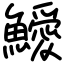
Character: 鱫